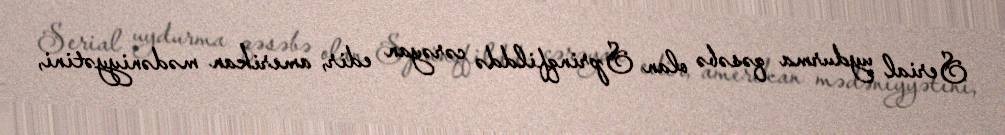
Serial uydurma qəsəbə olan Sprinqfilddə cərəyan edir, amerikan mədəniyyətini,